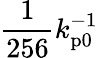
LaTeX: \frac{1}{256}k_{\mathrm{p0}}^{-1}